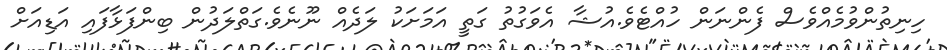
ހިނިތުންވުމެއްވެސް ފެންނަން ހުއްޓެވެ.އުޝާ އެވަގުތު ގަތީ އަމަށަކު ލަދެއް ނޫނެވެ.ގަތްލަދުން ބިންފަޅާފައި އަޑިއަށް